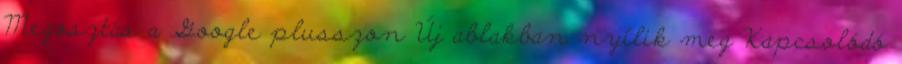
Megosztás a Google plusszon Új ablakban nyílik meg Kapcsolódó